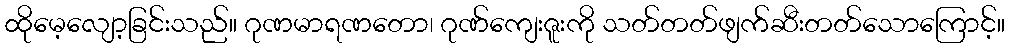
ထိုမေ့လျော့ခြင်းသည်။ ဂုဏမာရဏတော၊ ဂုဏ်ကျေးဇူးကို သတ်တတ်ဖျက်ဆီးတတ်သောကြောင့်။